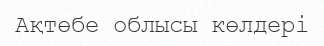
Ақтөбе облысы көлдері